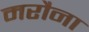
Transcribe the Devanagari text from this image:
मरौना